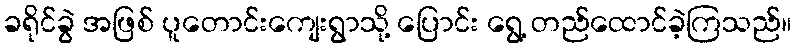
ခရိုင်ခွဲ အဖြစ် ပူတောင်းကျေးရွာသို့ ပြောင်း ရွေ့ တည်ထောင်ခဲ့ကြသည်။